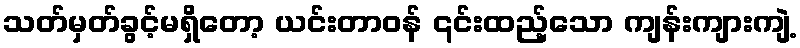
သတ်မှတ်ခွင့်မရှိတော့ ယင်းတာဝန် ၎င်းထည့်သော ကျန်းကျားကျဲ့